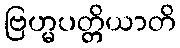
ဗြဟ္မပတ္တိယာတိ